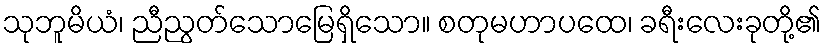
သုဘူမိယံ၊ ညီညွတ်သောမြေရှိသော။ စတုမဟာပထေ၊ ခရီးလေးခုတို့၏